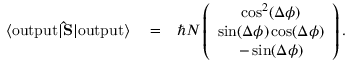
\begin{array} { r l r } { \langle \mathrm { o u t p u t } | { \bf \hat { S } } | \mathrm { o u t p u t } \rangle } & { { } = } & { \hbar N \left( \begin{array} { c } { \cos ^ { 2 } ( \Delta \phi ) } \\ { \sin ( \Delta \phi ) \cos ( \Delta \phi ) } \\ { - \sin ( \Delta \phi ) } \end{array} \right) . } \end{array}